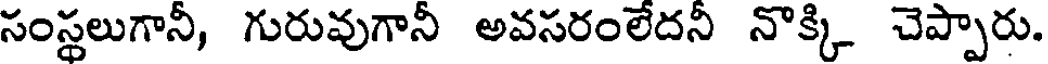
సంస్థలుగానీ, గురువుగానీ అవసరంలేదనీ నొక్కి చెప్పారు.